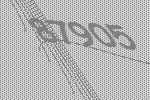
87905